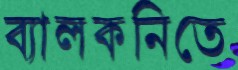
ব্যালকনিতে